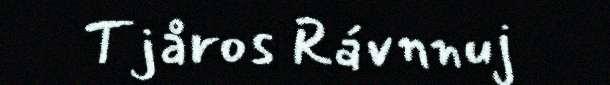
Tjåros Rávnnuj